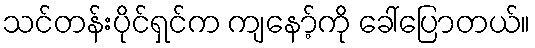
သင်တန်းပိုင်ရှင်က ကျနော့်ကို ခေါ်ပြောတယ်။